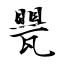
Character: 甖